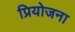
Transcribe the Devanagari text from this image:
प्रियोजना